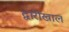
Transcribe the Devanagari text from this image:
द्वारीखाल